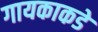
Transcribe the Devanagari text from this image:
गायकाकडे